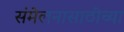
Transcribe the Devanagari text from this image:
संमेलनासाठीच्या